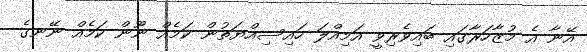
އޭނާ އެ މުޒާހަރާގައި ބައިވެރިވީ އަމިއްލަ ހައިސިއްޔަތުން ކަމެއް ނޫން ކަމެއް ނޭނގެ